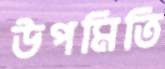
উপমিতি